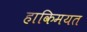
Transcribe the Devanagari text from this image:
हाकिमयत